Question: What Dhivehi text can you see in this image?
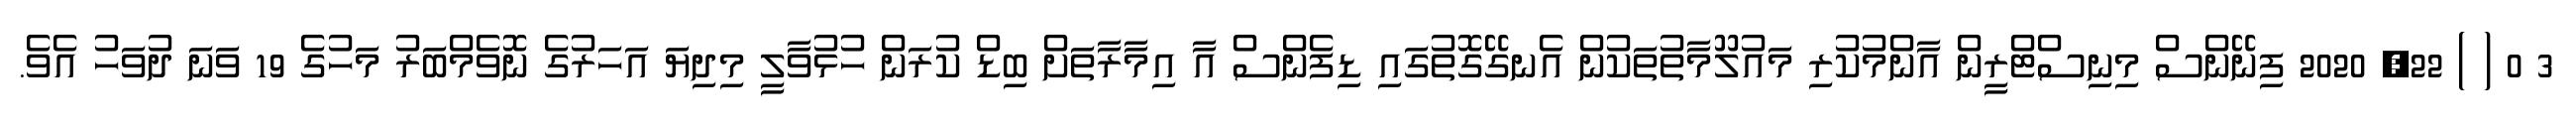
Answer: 3 0 ( ) 22, 2020 ފިނޭންސް މިނިސްޓްރީން އާންމުކުރި މައުލޫމާތުތަކުން އެނގޭގޮތުގައި ޑިފެންސް އާ އިމާރާތަށް ބިޑް ކުރަން ހުޅުވާލީ މިދިޔަ އަހަރުގެ ނޮވެމްބަރު މަހުގެ 19 ވަނަ ދުވަހު އެވެ.